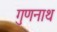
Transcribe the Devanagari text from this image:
गुणनाथ